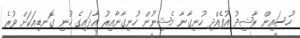
ހުސައިން ރާޝިދު އުފެއްދި ހުނިގާނާ މެޝިނުން ހުނިގާނާއިރު އާދައިގެ ހުނި ގޮނޑިއަކަށް ވުރެ